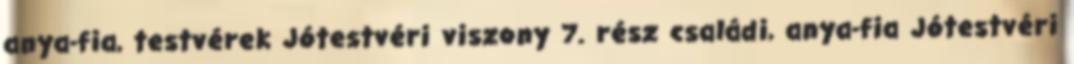
anya-fia, testvérek Jótestvéri viszony 7. rész családi, anya-fia Jótestvéri